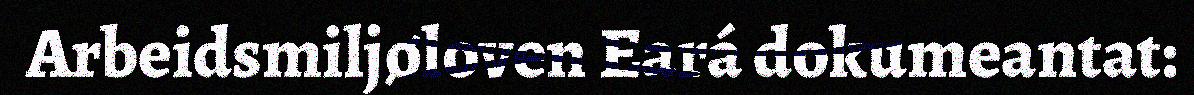
Arbeidsmiljøloven Eará dokumeantat: